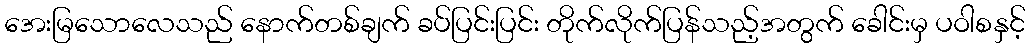
အေးမြသောလေသည် နောက်တစ်ချက် ခပ်ပြင်းပြင်း တိုက်လိုက်ပြန်သည့်အတွက် ခေါင်းမှ ပဝါစနှင့်